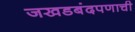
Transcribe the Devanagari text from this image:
जखडबंदपणाची